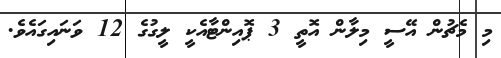
މި މެޗުން އޭސީ މިލާން އޮތީ 3 ޕޮއިންޓާއެކީ ލީގުގެ 12 ވަނައިގައެވެ.